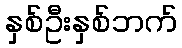
နှစ်ဦးနှစ်ဘက်